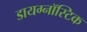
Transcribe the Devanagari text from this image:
डायग्नॉस्टिक